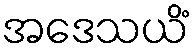
အဒေသယိံ